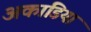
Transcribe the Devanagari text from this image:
अकाडिया